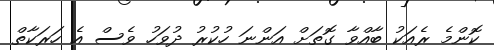
ކޮންމެ ރެއަކު ބާއްވާ ގޮތަށް އަންނަ ހުކުރު ދުވަހު ވެސް އެ ހަރަކާތް